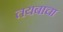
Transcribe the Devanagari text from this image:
तयबाचा